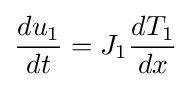
{\frac {du_{1}}{dt}}=J_{1}{\frac {dT_{1}}{dx}}